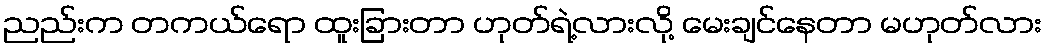
ညည်းက တကယ်ရော ထူးခြားတာ ဟုတ်ရဲ့လားလို့ မေးချင်နေတာ မဟုတ်လား